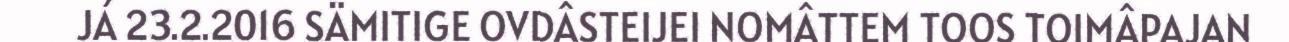
JÁ 23.2.2016 SÄMITIGE OVDÂSTEIJEI NOMÂTTEM TOOS TOIMÂPAJAN